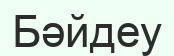
Бәйдеу